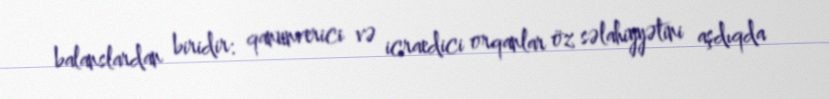
balanslardan biridir: qanunverici və icraedici orqanlar öz səlahiyyətini aşdıqda